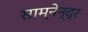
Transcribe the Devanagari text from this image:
साम्नेन्द्र